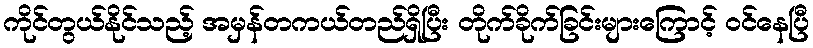
ကိုင်တွယ်နိုင်သည့် အမှန်တကယ်တည်ရှိပြီး တိုက်ခိုက်ခြင်းများကြောင့် ဝင်နေပြီ